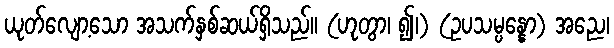
ယုတ်လျော့သော အသက်နှစ်ဆယ်ရှိသည်။ (ဟုတွာ၊ ၍၊) (ဥပသမ္ပန္နော) အညေ၊